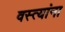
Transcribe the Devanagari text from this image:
वस्त्यांना